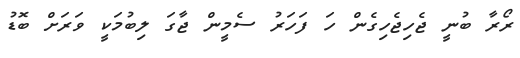
ރޯރާ ބުނީ ޖެހިޖެހިގެން ހަ ފަހަރު ސެމީން ޖާގަ ލިބުމަކީ ވަރަށް ބޮޑު